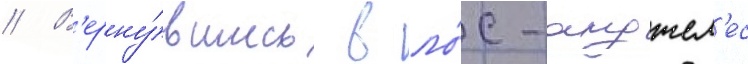
// В'ерну́вшись в ло́с-анджел'ес